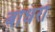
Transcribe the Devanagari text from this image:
बाधरा